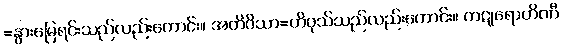
=နွားမြေရင်းသည်လည်းကောင်း။ အတိဝိသာ=တိဝုသ်သည်လည်းကောင်း။ ကဋုရောဟိဏီ